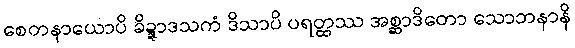
စေတနာယောပိ ခိဍ္ဍာဒသကံ ဒိသာပိ ပရတ္ထဿ အစ္ဆာဒိတော သောဘနာနိ